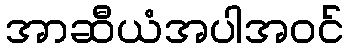
အာဆီယံအပါအဝင်